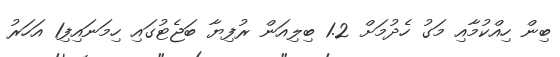
ބިން ހިއްކުމާއި މަގު ހެދުމަށް 1.2 ބިލިއަން ރުފިޔާ ބަޖެޓުގައި ހިމަނައިފި1 އަހަރު